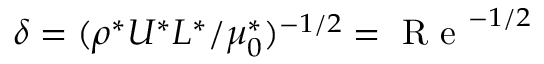
\delta = ( \rho ^ { * } U ^ { * } L ^ { * } / \mu _ { 0 } ^ { * } ) ^ { - 1 / 2 } = \textrm { R e } ^ { - 1 / 2 }